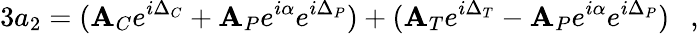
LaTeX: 3a_{2}=(\mathbf{A}_{C}e^{i\Delta_{C}}+\mathbf{A}_{P}e^{i\alpha}e^{i\Delta_{P}})+(\mathbf{A}_{T}e^{i\Delta_{T}}-\mathbf{A}_{P}e^{i\alpha}e^{i\Delta_{P}})~~~,